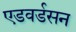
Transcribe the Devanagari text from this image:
एडवर्डसन